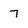
Character: 7